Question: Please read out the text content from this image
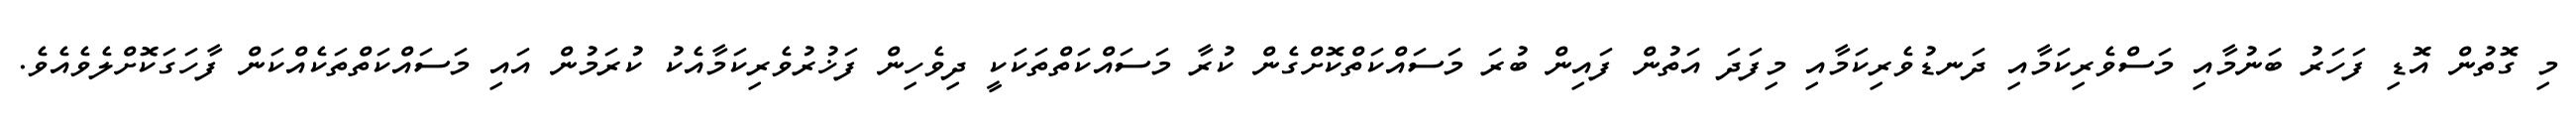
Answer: މި ގޮތުން އޮޑި ފަހަރު ބަނުމާއި މަސްވެރިކަމާއި ދަނޑުވެރިކަމާއި މިފަދަ އަތުން ފައިން ބުރަ މަސައްކަތްކޮށްގެން ކުރާ މަސައްކަތްތަކަކީ ދިވެހިން ފަޚުރުވެރިކަމާއެކު ކުރަމުން އައި މަސައްކަތްތަކެއްކަން ފާހަގަކޮށްލެވެއެވެ.